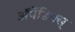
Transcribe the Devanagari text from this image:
अॅपेंडिक्स्